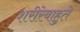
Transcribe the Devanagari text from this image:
शरीरेबाहुते